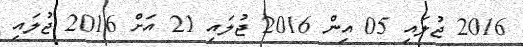
2016 ޖުލައި 05 އިން 2016 ޖުލައި 21 އަށް 2016 ޖުލައި